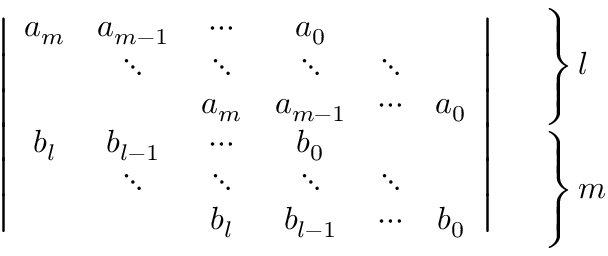
\begin{array} { c l } { \left| \begin{array} { c c c c c c } { a _ { m } } & { a _ { m - 1 } } & { \cdots } & { a _ { 0 } } & & \\ & { \ddots } & { \ddots } & { \ddots } & { \ddots } & \\ & & { a _ { m } } & { a _ { m - 1 } } & { \cdots } & { a _ { 0 } } \\ { b _ { l } } & { b _ { l - 1 } } & { \cdots } & { b _ { 0 } } & & \\ & { \ddots } & { \ddots } & { \ddots } & { \ddots } & \\ & & { b _ { l } } & { b _ { l - 1 } } & { \cdots } & { b _ { 0 } } \end{array} \right| } & { \begin{array} { l } { \left. \rule { 0 mm } { 8 mm } \right\} l } \\ { \left. \rule { 0 mm } { 8 mm } \right\} m } \end{array} } \end{array}